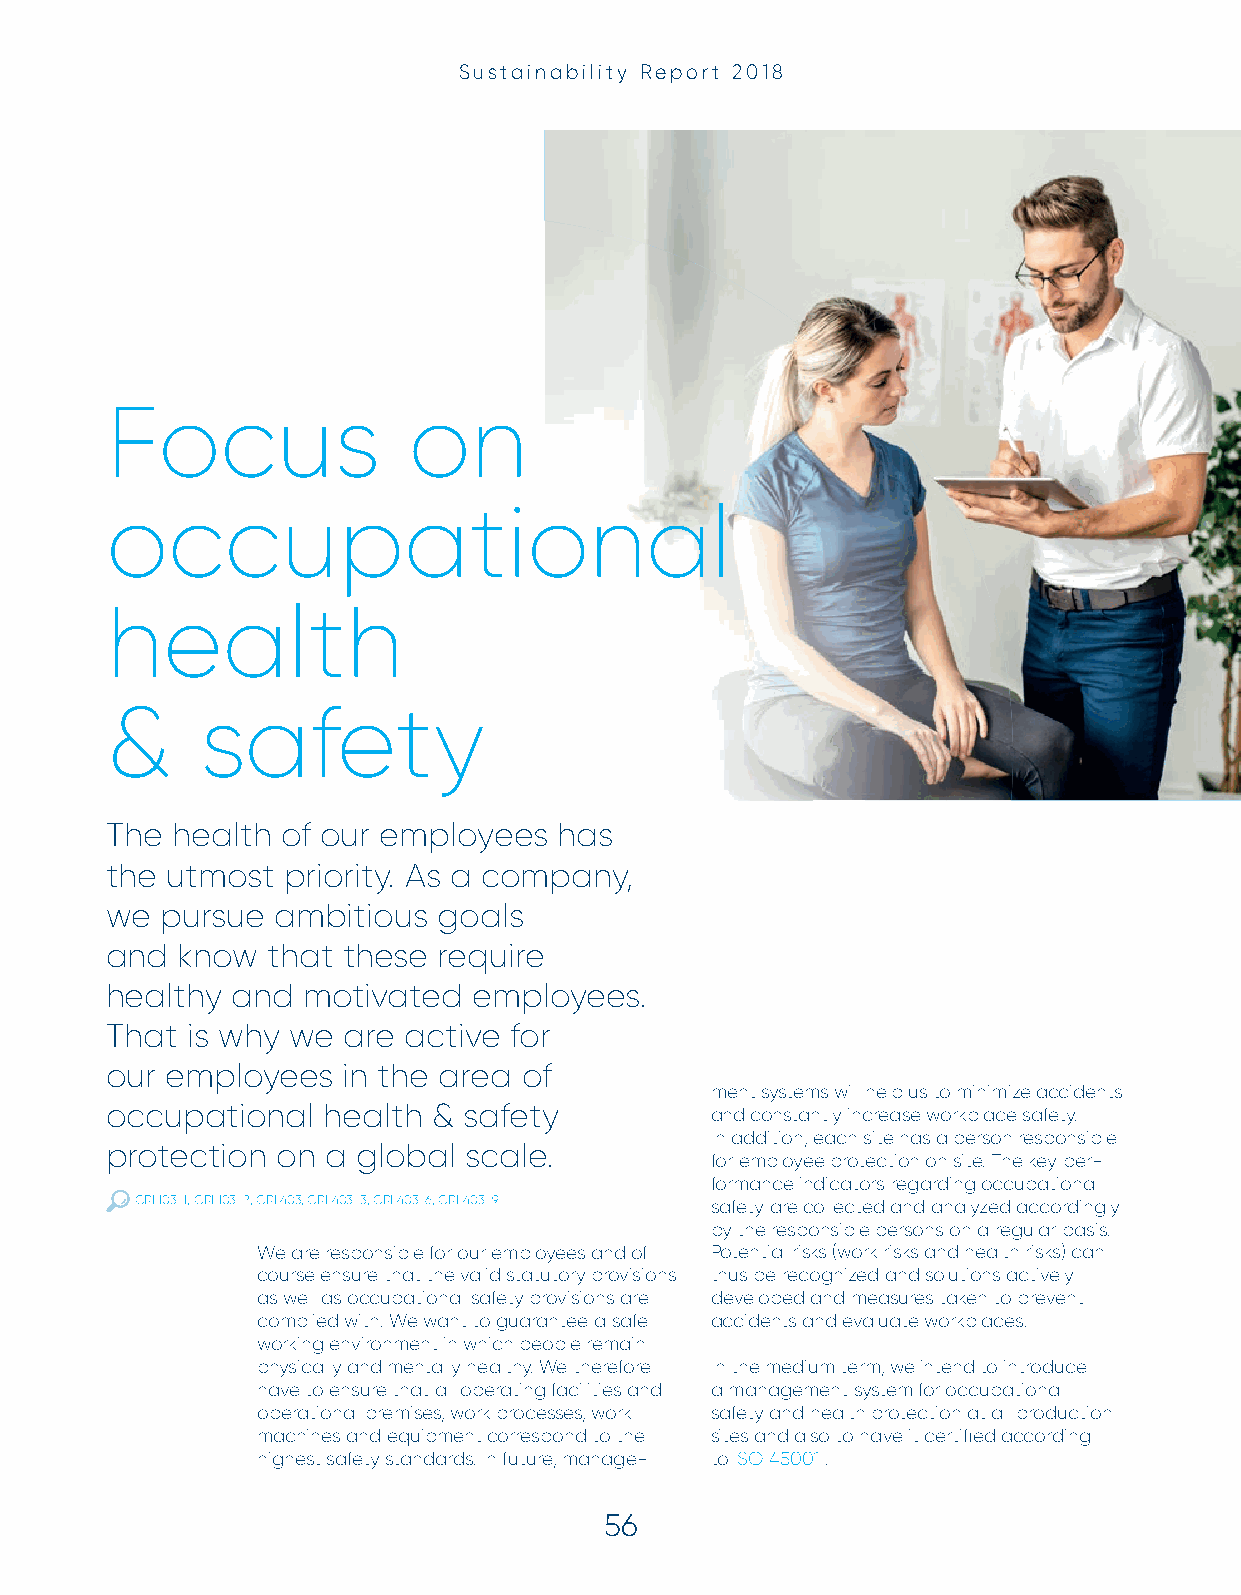
Sustainability Report 2018
 Focus               on
 occupational
 health
 &     safety
 The health  of our employees  has
 the utmost  priority. As a company,
 we  pursue ambitious  goals
 and  know  that these require
 healthy and  motivated  employees.
 That is why we  are active for
 our employees   in the area of
 ment systems will help us to minimize accidents
 occupational  health  & safety          and constantly increase workplace safety.
 In addition, each site has a person responsible
 protection on  a global scale.
 for employee protection on site. The key per-
 formance indicators regarding occupational
 GRI 103-1, GRI 103-2, GRI 403, GRI 403-3, GRI 403-6, GRI 403-9 safety are collected and analyzed accordingly
 by the responsible persons on a regular basis.
 We are responsible for our employees and of Potential risks (work risks and health risks) can
 course ensure that the valid statutory provisions thus be recognized and solutions actively
 as well as occupational safety provisions are developed and measures taken to prevent
 complied with. We want to guarantee a safe accidents and evaluate workplaces.
 working environment in which people remain
 physically and mentally healthy. We therefore In the medium term, we intend to introduce
 have to ensure that all operating facilities and a management system for occupational
 operational premises, work processes, work safety and health protection at all production
 machines and equipment correspond to the sites and also to have it certifi ed according
 highest safety standards. In future, manage- to ISO 45001 .
 56